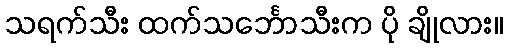
သရက်သီး ထက်သင်္ဘောသီးက ပို ချိုလား။